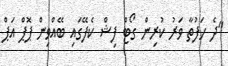
"ދެ ހަފުތާ ވަރު ކުރިން ގޯޓް ފިޝް ކެފޭގައި ބޭއްވިން ޕޮޕް އަޕް